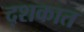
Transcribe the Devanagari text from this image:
द्शकात